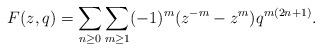
LaTeX: \begin{align*}F(z,q) &= \sum_{n\ge 0}\sum_{m\ge 1} (-1)^{m}(z^{-m}-z^m) q^{m(2n+1)}.\end{align*}